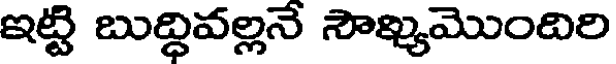
ఇట్టి బుద్ధివల్లనే సౌఖ్యమొందిరి